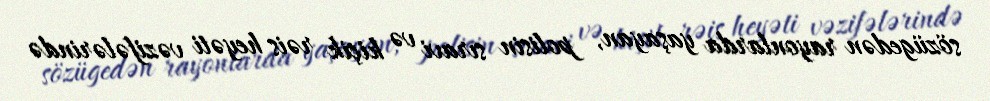
sözügedən rayonlarda yaşayan, polisin sıravi və kiçik rəis heyəti vəzifələrində